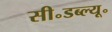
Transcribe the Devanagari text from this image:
सी॰डब्ल्यू॰